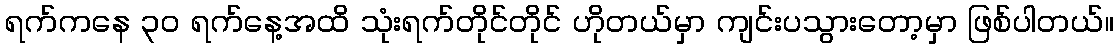
ရက်ကနေ ၃၀ ရက်နေ့အထိ သုံးရက်တိုင်တိုင် ဟိုတယ်မှာ ကျင်းပသွားတော့မှာ ဖြစ်ပါတယ်။